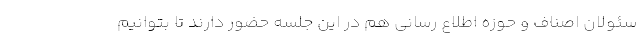
سئولان اصناف و حوزه اطلاع رسانی هم در این جلسه حضور دارند تا بتوانیم